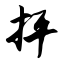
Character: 抨